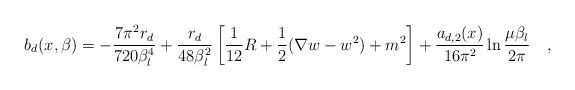
LaTeX: \begin{align*}b_d(x,\beta)=-{7\pi^2 r_d \over 720\beta_l^4}+{r_d \over 48 \beta_l^2}\left[{1 \over 12} R+\frac 12 (\nabla w -w^2)+m^2\right]+{a_{d,2}(x) \over 16\pi^2}\ln {\mu\beta_l \over 2\pi}~~~,\end{align*}